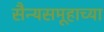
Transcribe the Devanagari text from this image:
सैन्यसमूहाच्या